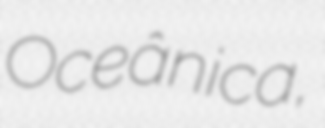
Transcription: Oceânica,